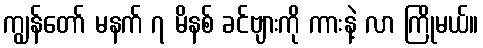
ကျွန်တော် မနက် ၇ မိနစ် ခင်ဗျားကို ကားနဲ့ လာ ကြိုမယ်။